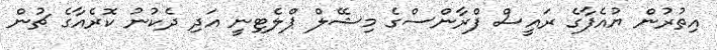
އިތުރުން ޔުއެފާގެ ރައީސް ފްރާންސްގެ މިޝޭލް ޕްލެޓިނީ އަދި ދެކުނު ކޮރެއާގެ ޗުން